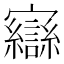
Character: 𫴥